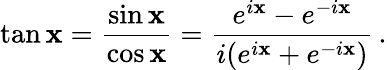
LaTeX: \tan\mathbf{x}={\frac{{\sin\mathbf{x}}}{{\cos\mathbf{x}}}}={\frac{{e^{i\mathbf{x}}-e^{-i\mathbf{x}}}}{{i({e^{i\mathbf{x}}+e^{-i\mathbf{x}}})}}}\, .